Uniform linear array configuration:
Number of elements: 48
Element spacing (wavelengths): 0.5
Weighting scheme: exponential
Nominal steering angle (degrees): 60
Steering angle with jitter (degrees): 61.406
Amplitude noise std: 0.05
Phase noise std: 0.05

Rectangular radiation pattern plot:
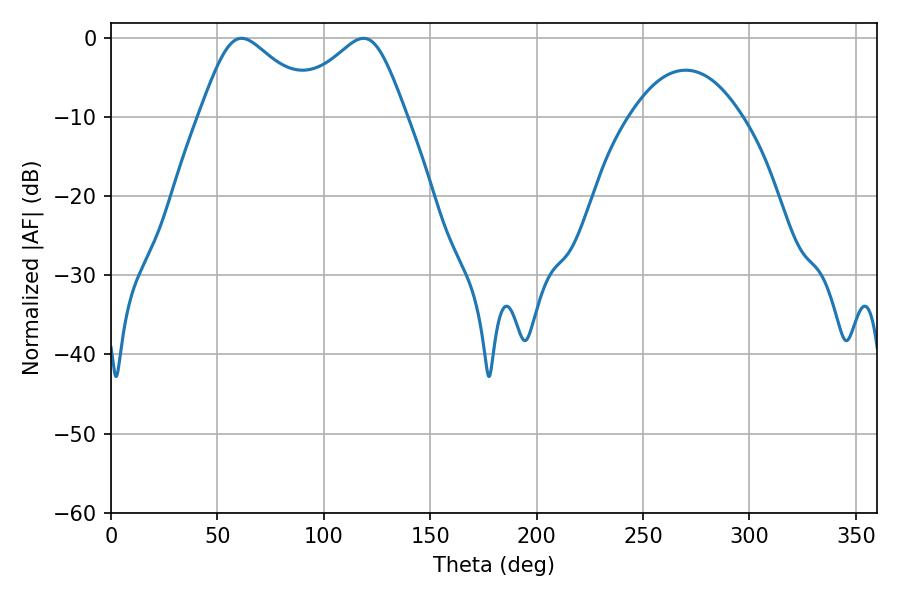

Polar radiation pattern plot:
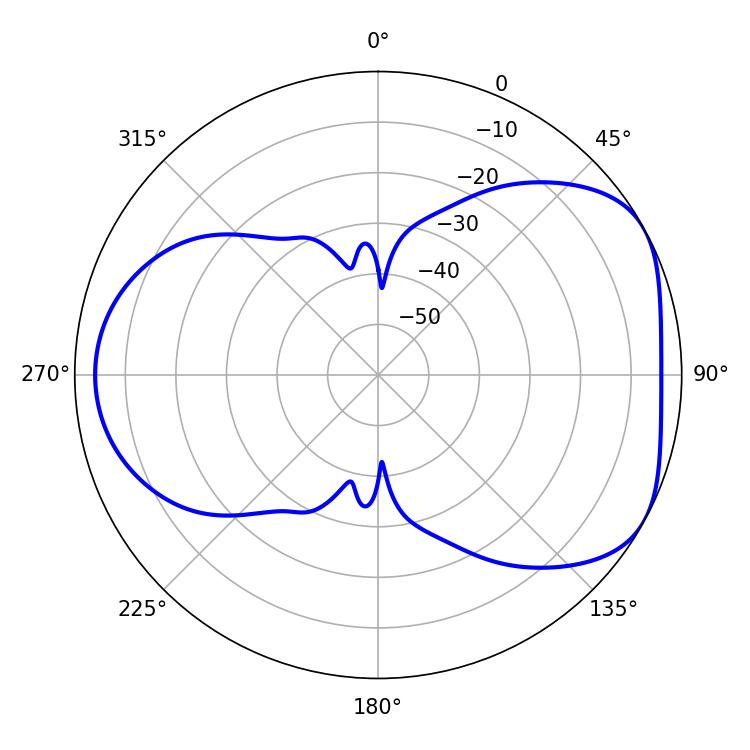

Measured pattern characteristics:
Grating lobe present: FALSE
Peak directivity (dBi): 4.876
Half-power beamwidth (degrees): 27.54
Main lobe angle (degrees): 61.38